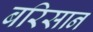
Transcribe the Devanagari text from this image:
बरिसान